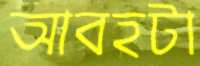
আবহটা